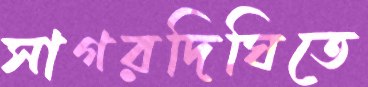
সাগরদিঘিতে